Statistics compiled by the Government of India from the reports of provincial Civil Veterinary Departments
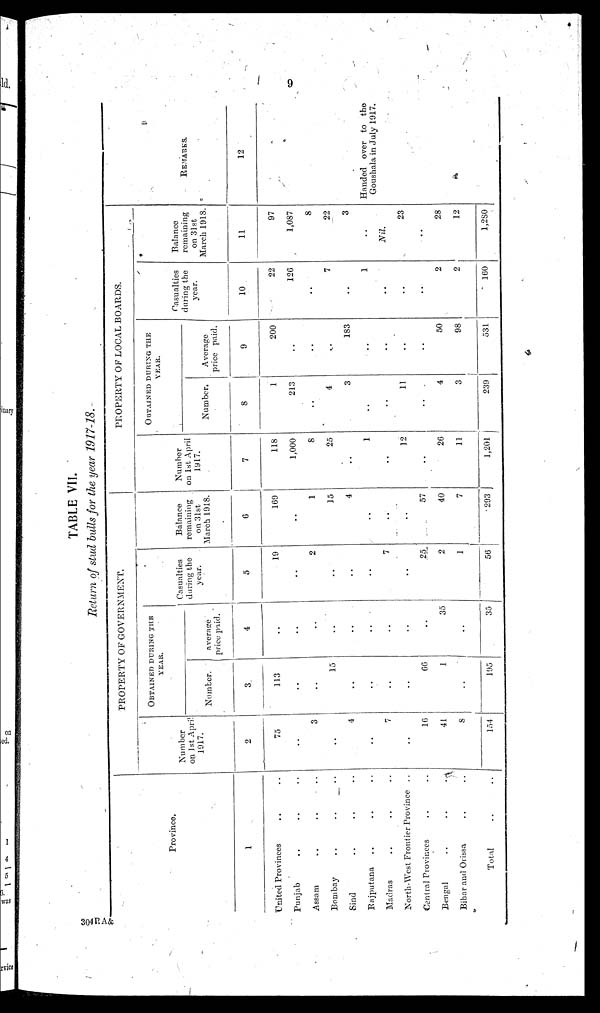
9
TABLE VII.
Return of stud bulls for the year 1917-18.
Province.
1
United Provinces .. ..
Punjab .. .. ..
Assam .. .. ..
Bombay .. .. ..
Sind .. .. ..
Rajputana .. .. ..
Madras .. .. ..
North-West Frontier Province . .
Central Provinces .. ..
Bengal .. .. ..
Bihar and Orissa .. ..
Total .. ..
PROPERTY OF GOVERNMENT.
Number
on 1st April
1917.
2
75
..
3
..
4
..
7
..
16
41
8
154
OBTAINED DURING THE
YEAR.
Number.
3
113
..
..
15
..
..
..
66
1
..
195
average
price paid.
4
..
..
..
..
..
..
..
..
35
..
35
Casualties
during the
year.
5
19
..
2
..
..
..
7
..
25
2
1
56
Balance
remaining
on 31st
March 1918.
0
169
..
1
15
4
..
..
..
57
40
7
293
PROPERTY OF LOCAL BOARDS.
Number
on 1st April
1917
7
118
1,000
8
25
..
1
..
12
..
26
11
1,201
OBTAINED DURING THE
YEAR.
Number.
8
1
213
..
4
3
..
..
11
..
4
3
239
Average
price paid.
9
200
..
..
..
183
..
..
..
..
50
98
531
Casualties
during the
year.
10
22
126
..
7
..
1
..
..
..
2
9
160
Balance
remaining
on 31st
March 1918.
11
97
1,087
8
22
3
..
Nil.
23
..
28
12
1,280
REMARKS.
12
Handed over to the
Goushala in July 1917.
304 P.A&